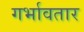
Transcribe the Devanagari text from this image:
गर्भावतार